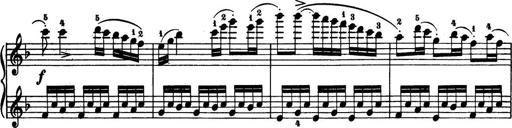
Title: 32 Sonatinas and Rondos for the Piano
Composer: Richard Kleinmichel